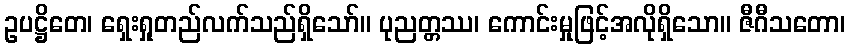
ဥပဋ္ဌိတေ၊ ရှေးရှုတည်လက်သည်ရှိသော်။ ပုညတ္တဿ၊ ကောင်းမှုဖြင့်အလိုရှိသော။ ဇီဂီသတော၊